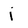
Character: j